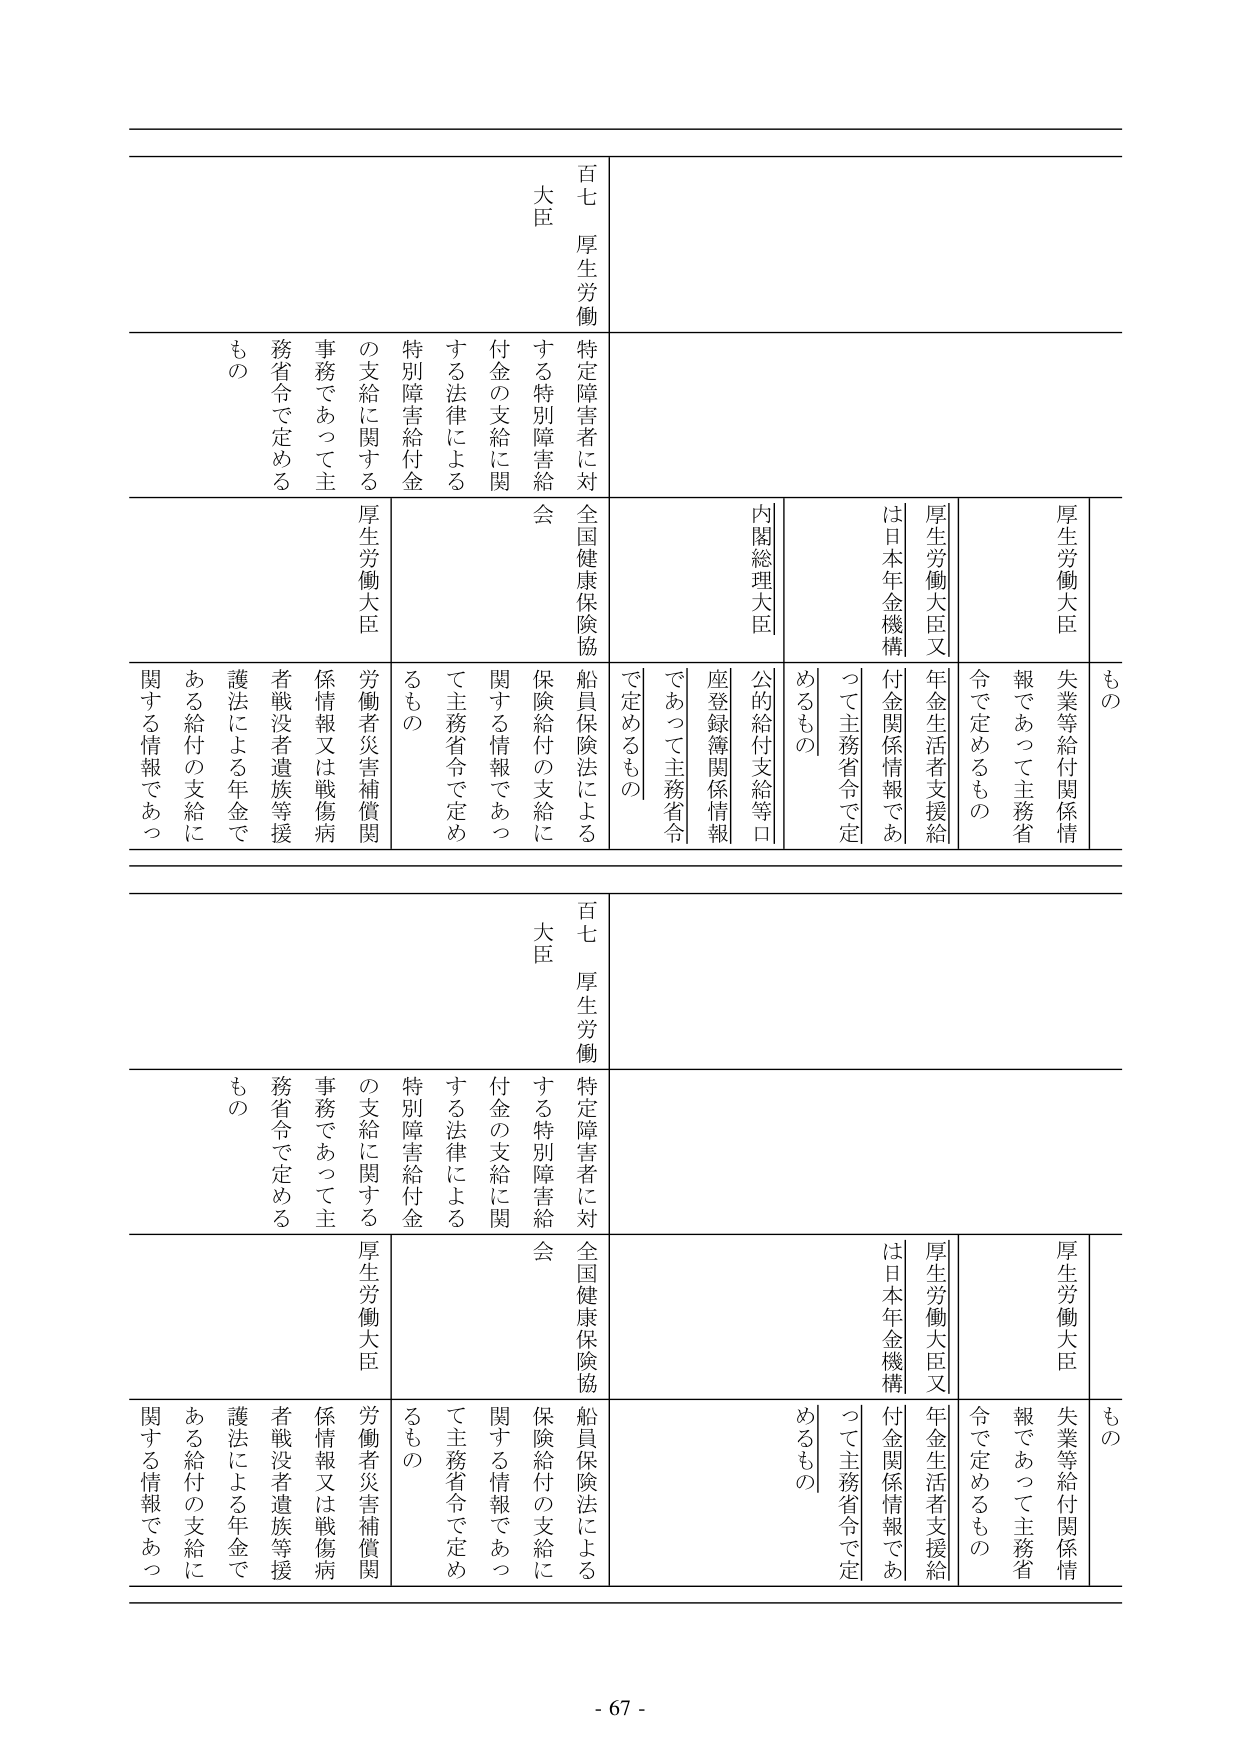
百七 厚生労働大臣
特定障害者に対する特別障害給付金の支給に関する法律による特別障害給付金の支給に関する事務であって主務省令で定めるもの

厚生労働大臣
失業等給付関係情報であって主務省令で定めるもの

厚生労働大臣又は日本年金機構
年金生活者支援給付金関係情報であって主務省令で定めるもの

内閣総理大臣
公的給付支給等口座登録簿関係情報であって主務省令で定めるもの

全国健康保険協会
船員保険法による保険給付の支給に関する情報であって主務省令で定めるもの

厚生労働大臣
労働者災害補償関係情報又は戦傷病者戦没者遺族等援護法による年金である給付の支給に関する情報であって

百七 厚生労働大臣
特定障害者に対する特別障害給付金の支給に関する法律による特別障害給付金の支給に関する事務であって主務省令で定めるもの

厚生労働大臣
失業等給付関係情報であって主務省令で定めるもの

厚生労働大臣又は日本年金機構
年金生活者支援給付金関係情報であって主務省令で定めるもの

内閣総理大臣
公的給付支給等口座登録簿関係情報であって主務省令で定めるもの

全国健康保険協会
船員保険法による保険給付の支給に関する情報であって主務省令で定めるもの

厚生労働大臣
労働者災害補償関係情報又は戦傷病者戦没者遺族等援護法による年金である給付の支給に関する情報であって

- 67 -